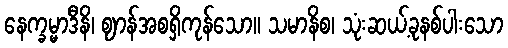
နေက္ခမ္မာဒီနိ၊ ဈာန်အစရှိကုန်သော။ သမာနိစ၊ သုံးဆယ့်ခုနစ်ပါးသော